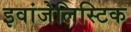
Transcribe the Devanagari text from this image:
इवांजेलिस्टिक